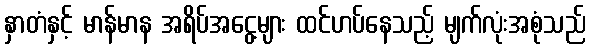
နှာတံနှင့် မာန်မာန အရိပ်အငွေ့များ ထင်ဟပ်နေသည့် မျက်လုံးအစုံသည်